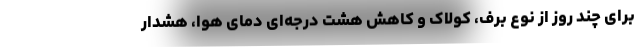
برای چند روز از نوع برف، کولاک و کاهش هشت درجه‌ای دمای هوا، هشدار